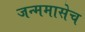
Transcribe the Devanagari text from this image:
जन्ममासेच